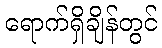
ရောက်ရှိချိန်တွင်